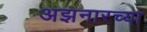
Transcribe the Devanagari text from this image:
अझनारच्या